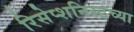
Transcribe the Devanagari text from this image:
रिसेप्शनिस्टच्या